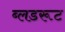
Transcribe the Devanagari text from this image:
ब्लडरूट